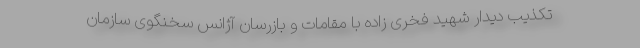
تکذیب دیدار شهید فخری زاده با مقامات و بازرسان آژانس سخنگوی سازمان